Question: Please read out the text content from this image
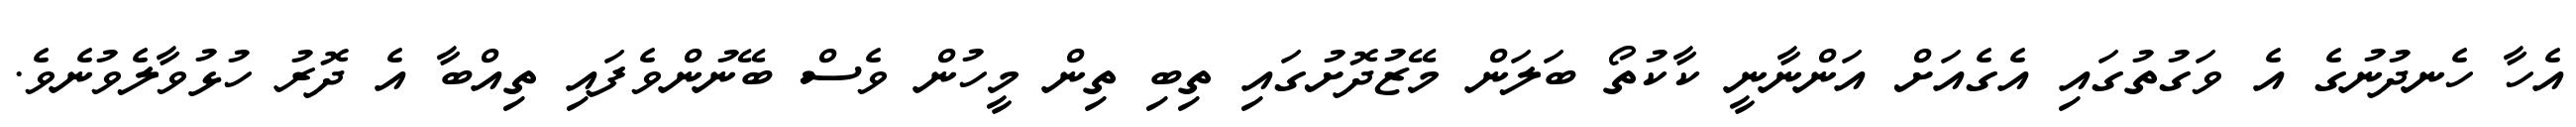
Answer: އެހާ ހެނދުނުގެ އެ ވަގުތުގައި އެގެއަށް އަންނާނީ ކާކުތޯ ބަލަން މޭޒުދޮށުގައި ތިބި ތިން މީހުން ވެސް ބޭނުންވެފައި ތިއްބާ އެ ދޮރު ހުޅުވާލެވުނެވެ.